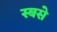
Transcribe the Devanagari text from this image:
स्बसे